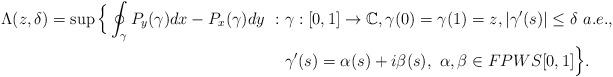
LaTeX: \begin{align*}\Lambda(z,\delta) = \sup \Big\{ \oint_\gamma P_y(\gamma)dx-P_x(\gamma)dy\ :\ & \gamma:[0,1] \to \mathbb{C}, \gamma(0)=\gamma(1)=z, |\gamma'(s)| \leq \delta\ a.e.,\\& \gamma'(s)=\alpha(s)+i\beta(s),\ \alpha,\beta \in FPWS[0,1] \Big\}. \end{align*}